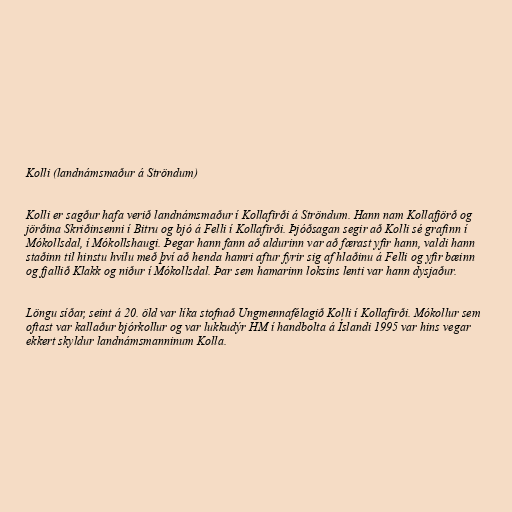
Kolli (landnámsmaður á Ströndum)

Kolli er sagður hafa verið landnámsmaður í Kollafirði á Ströndum. Hann nam Kollafjörð og
jörðina Skriðinsenni í Bitru og bjó á Felli í Kollafirði. Þjóðsagan segir að Kolli sé grafinn í
Mókollsdal, í Mókollshaugi. Þegar hann fann að aldurinn var að færast yfir hann, valdi hann
staðinn til hinstu hvílu með því að henda hamri aftur fyrir sig af hlaðinu á Felli og yfir bæinn
og fjallið Klakk og niður í Mókollsdal. Þar sem hamarinn loksins lenti var hann dysjaður.

Löngu síðar, seint á 20. öld var líka stofnað Ungmennafélagið Kolli í Kollafirði. Mókollur sem
oftast var kallaður bjórkollur og var lukkudýr HM í handbolta á Íslandi 1995 var hins vegar
ekkert skyldur landnámsmanninum Kolla.